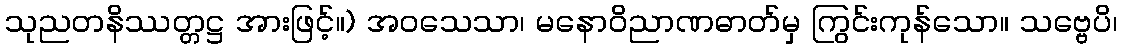
သုညတနိဿတ္တဋ္ဌ အားဖြင့်။) အဝသေသာ၊ မနောဝိညာဏဓာတ်မှ ကြွင်းကုန်သော။ သဗ္ဗေပိ၊